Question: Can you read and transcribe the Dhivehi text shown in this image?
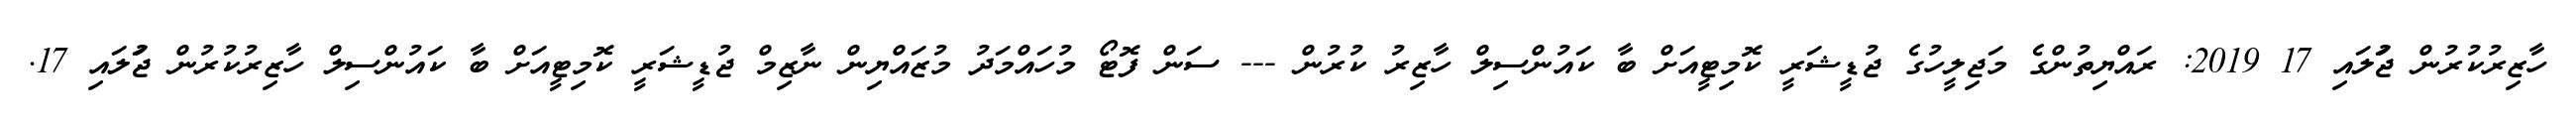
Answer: ހާޒިރުކުރުން ޖުަލައި 17 2019: ރައްޔިތުންގެ މަޖިލީހުގެ ޖުޑީޝަރީ ކޮމިޓީއަށް ބާ ކައުންސިލް ހާޒިރު ކުރުން --- ސަން ފޮޓޯ މުހައްމަދު މުޒައްޔިން ނާޒިމް ޖުޑީޝަރީ ކޮމިޓީއަށް ބާ ކައުންސިލް ހާޒިރުކުރުން ޖުަލައި 17.